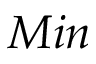
M i n